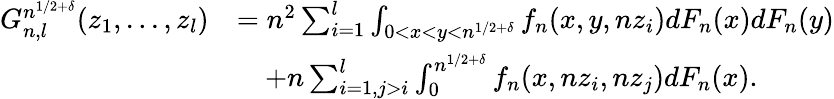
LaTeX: \begin{array}{rl}{G_{n,l}^{n^{1/2+\delta}}(z_{1},...,z_{l})}&{=n^{2}\sum_{i=1}^{l}\int_{0<x<y<n^{1/2+\delta}}f_{n}(x,y,nz_{i})dF_{n}(x)dF_{n}(y)}\\ &{\quad+n\sum_{i=1,j>i}^{l}\int_{0}^{n^{1/2+\delta}}f_{n}(x,nz_{i},nz_{j})dF_{n}(x).}\end{array}